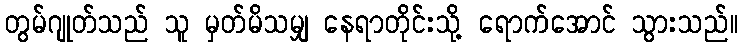
တွမ်ဂျုတ်သည် သူ မှတ်မိသမျှ နေရာတိုင်းသို့ ရောက်အောင် သွားသည်။